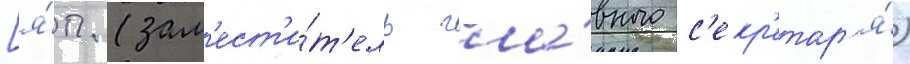
[я́п. (зам'ест'и́т'ель гла́вного с'екр'етар'я́)